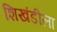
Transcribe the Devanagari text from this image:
शिखंडीला